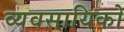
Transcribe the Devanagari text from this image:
व्यवसायिको